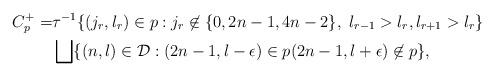
LaTeX: \begin{align*}C^{+}_{p}=&\tau^{-1}\{(j_{r},l_{r})\in p: j_{r}\not \in \{0,2n-1,4n-2\}, \ l_{r-1}>l_{r},l_{r+1}>l_{r}\} \\& \bigsqcup \{(n,l)\in \mathcal{D}: (2n-1,l-\epsilon)\in p (2n-1,l+\epsilon)\not\in p\},\end{align*}